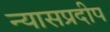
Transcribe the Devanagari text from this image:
न्यासप्रदीप